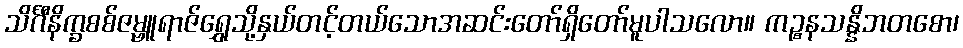
သိင်္ဂီနိက္ခစစ်ဇမ္ဗူရာဇ်ရွှေသို့နှယ်တင့်တယ်သောအဆင်းတော်ရှိတော်မူပါသလော။ ကဉ္စနသန္နိဘတစော၊